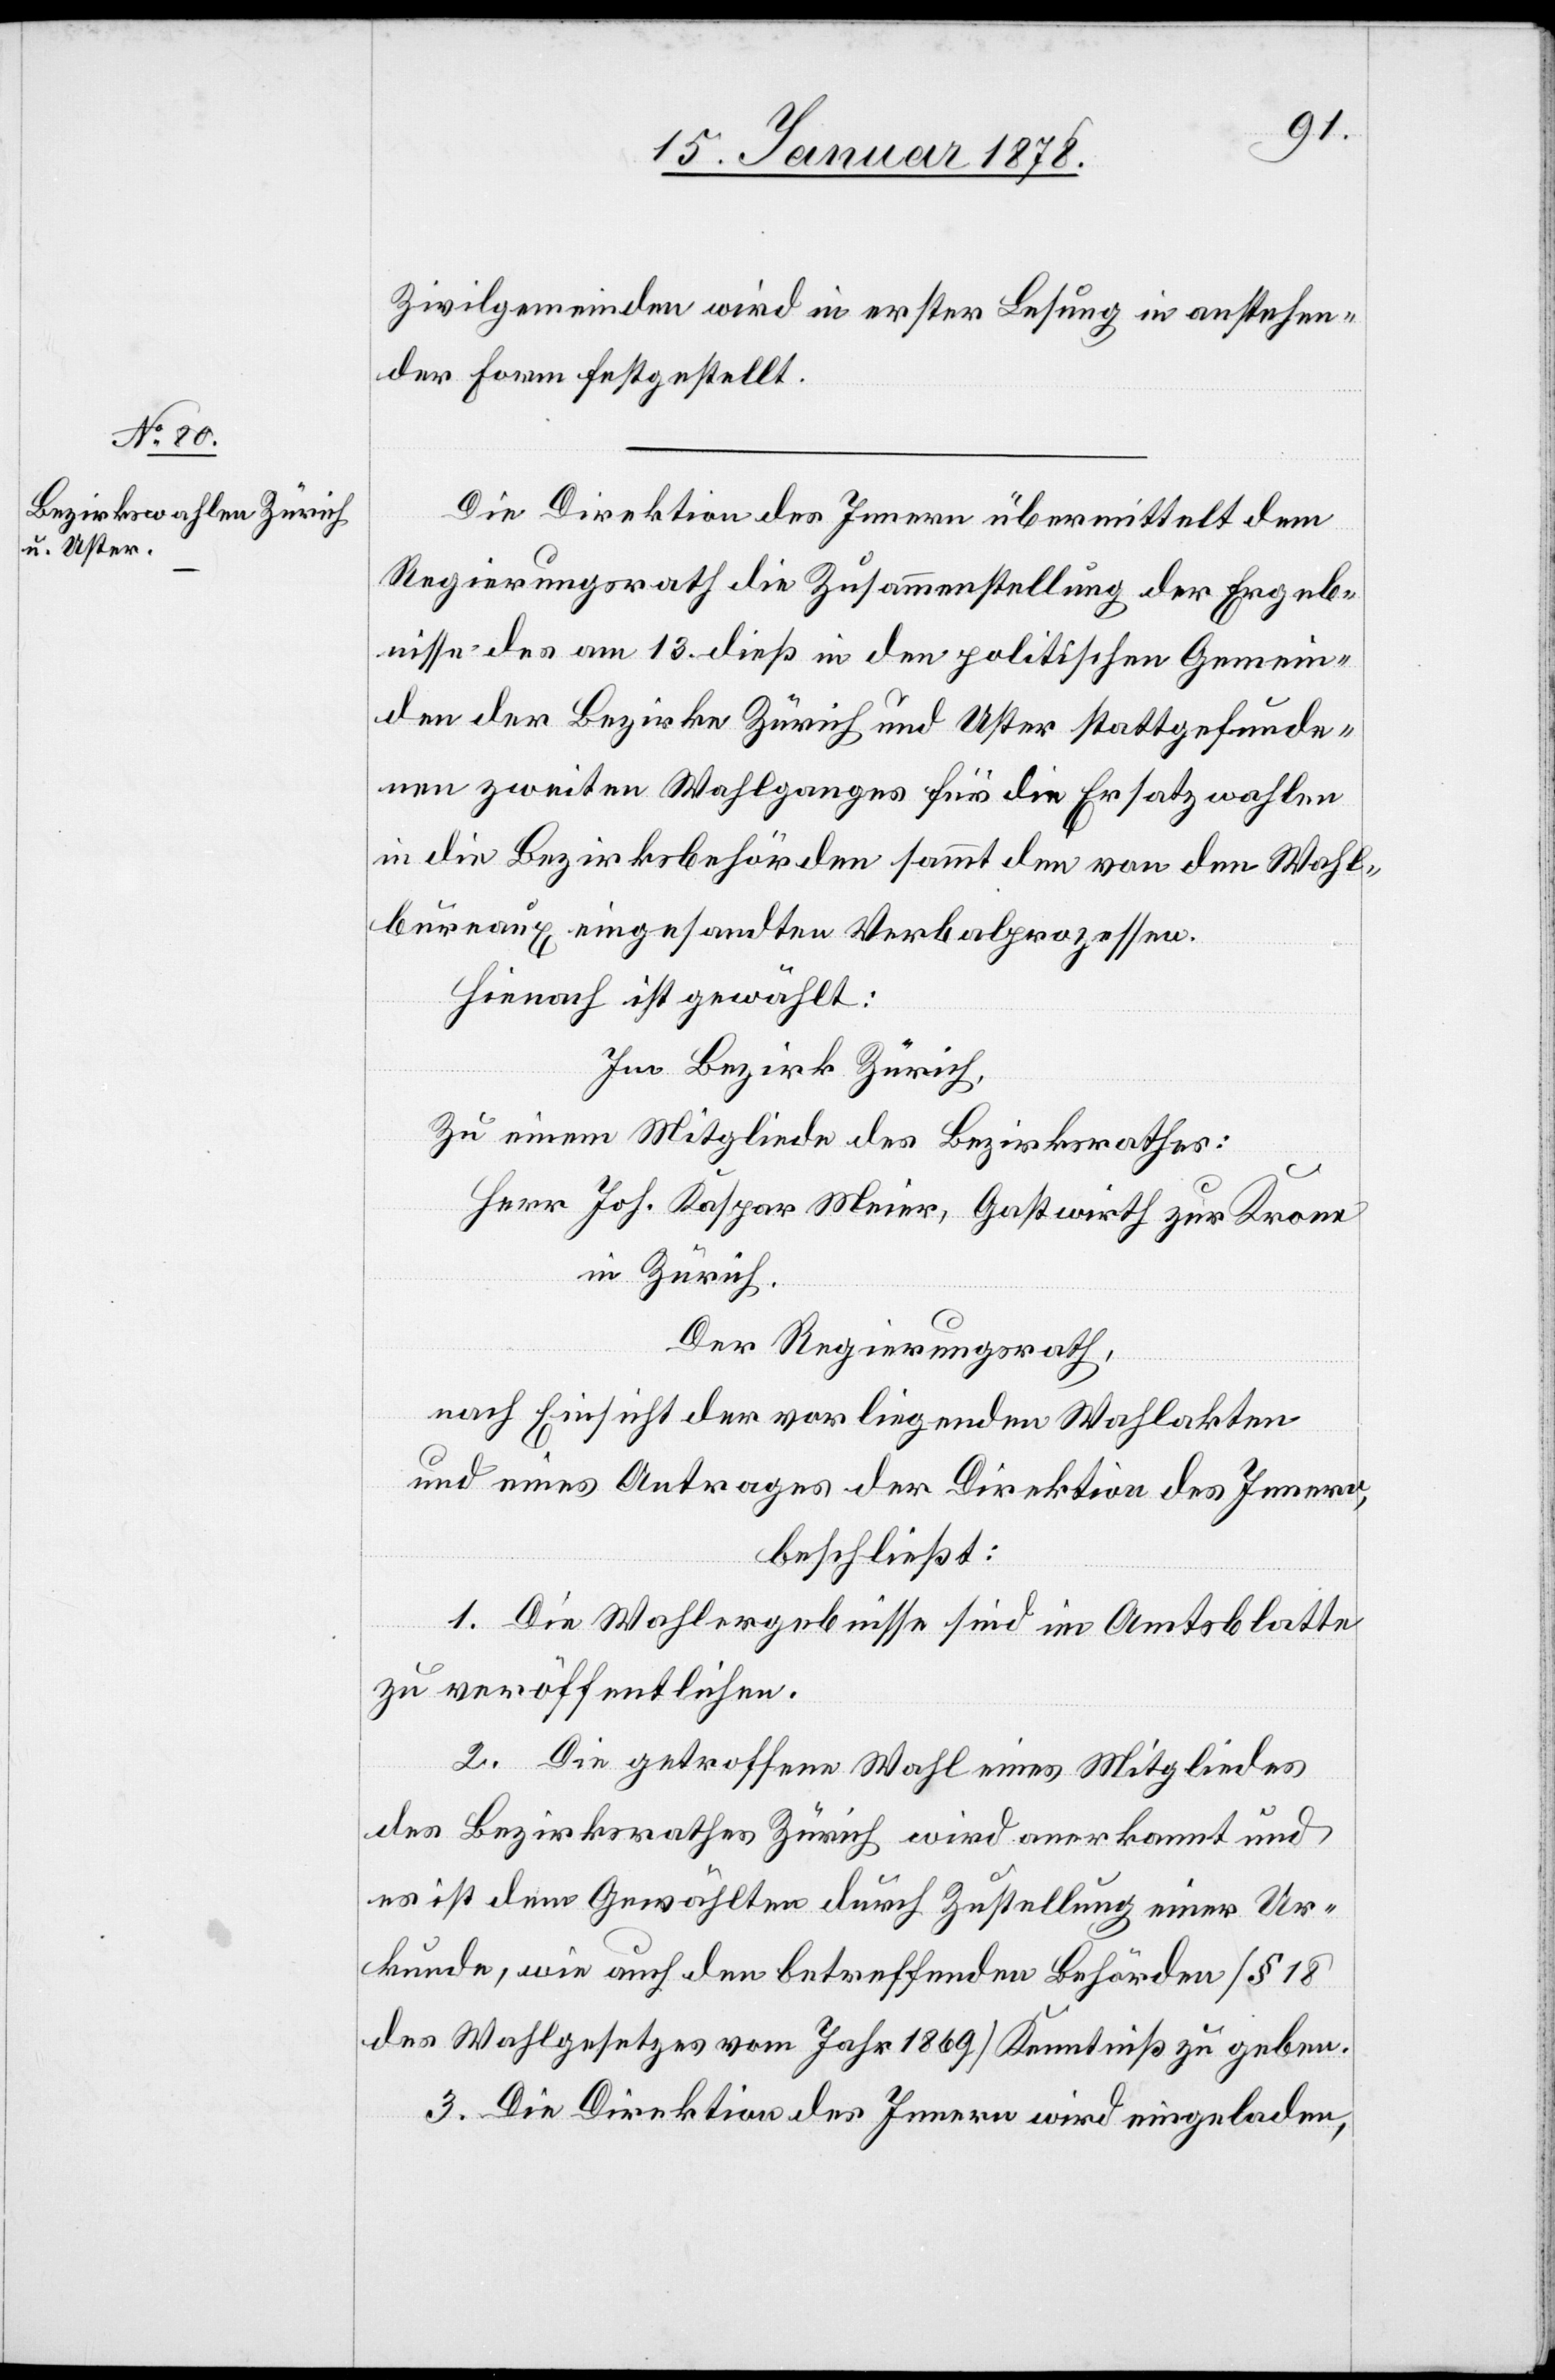
Zivilgemeinden wird in erster Lesung in anstehen¬
der Form festgestellt.
Die Direktion des Innern übermittelt dem
Regierungsrath die Zusammenstellung der Ergeb¬
nisse des am 13. dieß in den politischen Gemein¬
den der Bezirke Zürich und Uster stattgefunde¬
nen zweiten Wahlganges für die Ersatzwahlen
in die Bezirksbehörden sammt den von den Wahl¬
bureaux eingesandten Verbalprozessen.
Hienach ist gewählt:
Im Bezirk Zürich,
Zu einem Mitgliede des Bezirksrathes:
Herr Joh. Kaspar Meier, Gastwirth zur Krone
in Zürich.
Der Regierungsrath,
nach Einsicht der vorliegenden Wahlakten
und eines Antrages der Direktion des Innern,
beschließt:
1. Die Wahlergebnisse sind im Amtsblatte
zu veröffentlichen.
2. Die getroffene Wahl eines Mitgliedes
des Bezirksrathes Zürich wird anerkannt und
es ist dem Gewählten durch Zustellung einer Ur¬
kunde, wie auch den betreffenden Behörden (§ 18
des Wahlgesetzes vom Jahr 1869) Kenntniß zu geben.
3. Die Direktion des Innern wird eingeladen,